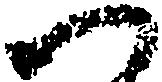
へ